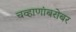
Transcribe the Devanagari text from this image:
चव्हाणांबरोबर